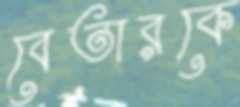
বেতারকে